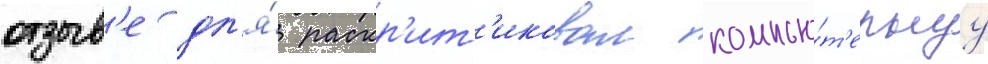
отзыв'е дл'я́ раскр'ит'иковал компью́т'ернуу